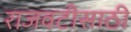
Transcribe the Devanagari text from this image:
राजवटीसाठी